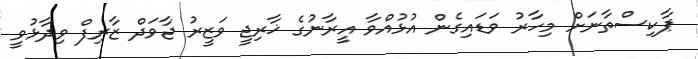
ޕާކިސްތާނަށް މިހާރު ވަަޑައިގެން އުޅުއްވާ އީރާނުގެ ޚާރިޖީ ވަޒީރު ޖާވަދް ޒާރިފް ވިދާޅުވީ